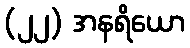
(၂၂) အနရိယော